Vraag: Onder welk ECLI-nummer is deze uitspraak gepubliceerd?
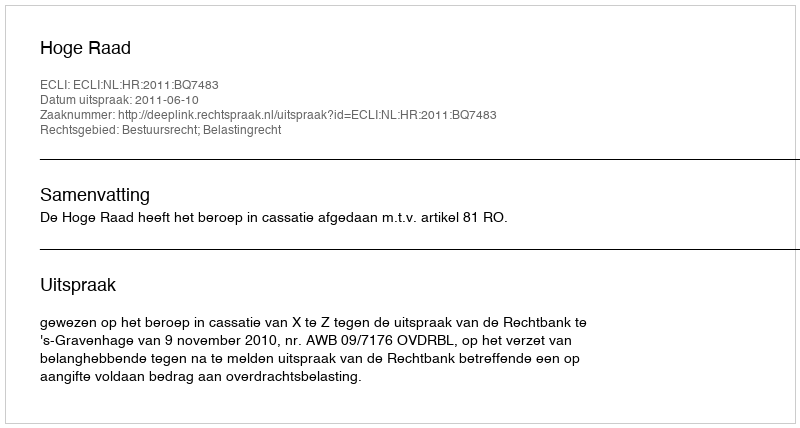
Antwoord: ECLI:NL:HR:2011:BQ7483